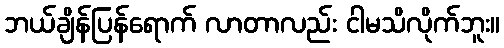
ဘယ်ချိန်ပြန်ရောက် လာတာလည်း ငါမသိလိုက်ဘူး။